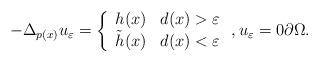
LaTeX: \begin{align*}-\Delta _{p(x)}u_{\varepsilon }=\left\{\begin{array}{ll}h(x) & d(x)>\varepsilon \\\tilde{h}(x) & d(x)<\varepsilon\end{array}\right. ,u_{\varepsilon }=0\partial \Omega . \end{align*}